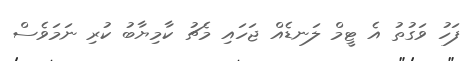
ފަހު ވަގުތު އެ ޓީމް ލަނޑެއް ޖަހައި މެޗު ކާމިޔާބު ކުރި ނަމަވެސް